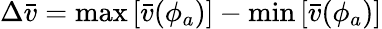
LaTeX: \Delta\bar{v}=\operatorname*{max}\left[\bar{v}(\phi_{a})\right]-\operatorname*{min}\left[\bar{v}(\phi_{a})\right]